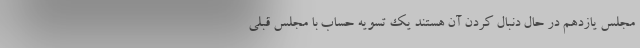
مجلس یازدهم در حال دنبال کردن آن هستند یک تسویه حساب با مجلس قبلی